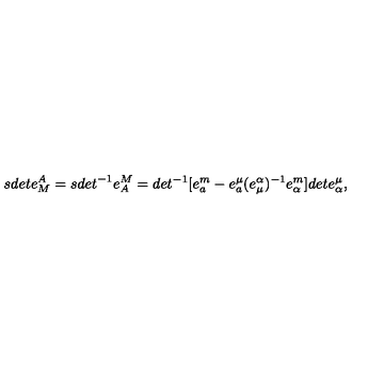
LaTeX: { s d e t } e _ { M } ^ { A } = { s d e t } ^ { - 1 } e _ { A } ^ { M } = d e t ^ { - 1 } [ e _ { a } ^ { m } - e _ { a } ^ { \mu } ( e _ { \mu } ^ { \alpha } ) ^ { - 1 } e _ { \alpha } ^ { m } ] d e t e _ { \alpha } ^ { \mu } ,